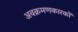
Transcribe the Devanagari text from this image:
अवक्रमणकारकों